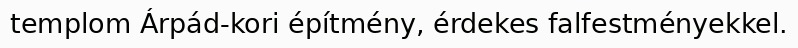
templom Árpád-kori építmény, érdekes falfestményekkel.